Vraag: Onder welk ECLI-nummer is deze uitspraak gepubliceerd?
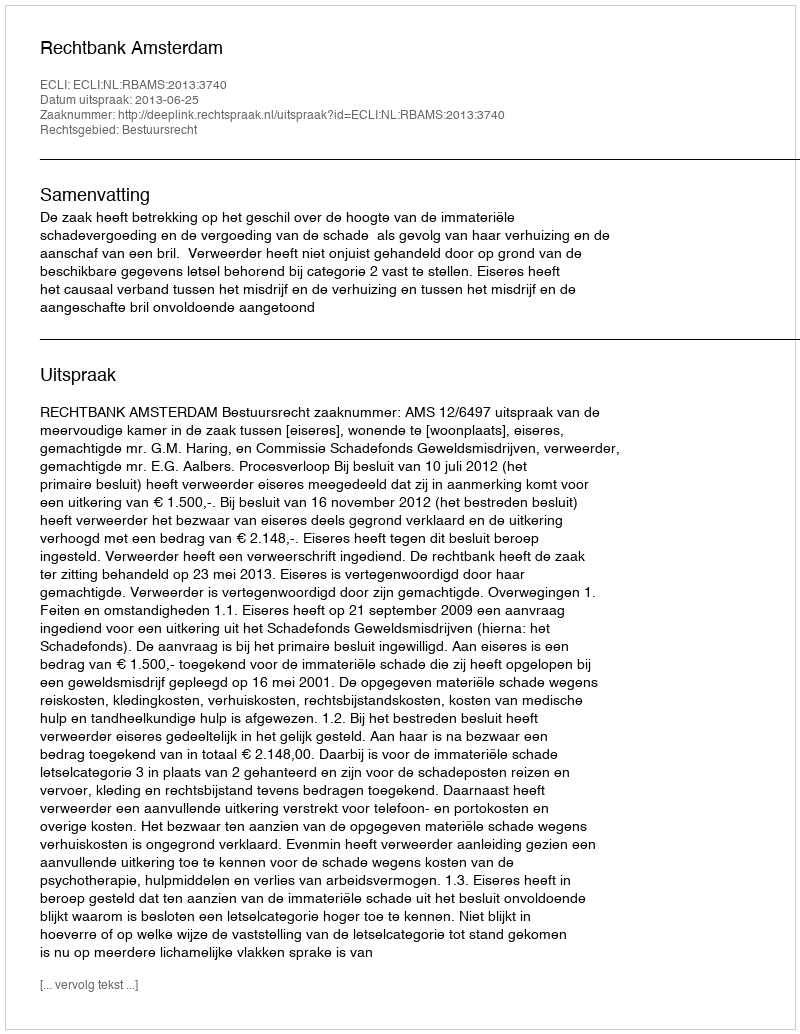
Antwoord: ECLI:NL:RBAMS:2013:3740